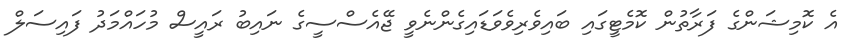
އެ ކޮމިޝަންގެ ފަރާތުން ކޮމެޓީގައި ބައިވެރިވެވަޑައިގެންނެވީ ޖޭއެސްސީގެ ނައިބު ރައީސް މުހައްމަދު ފައިސަލް